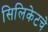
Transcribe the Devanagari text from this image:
सिलिकेटचे